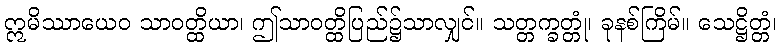
ဣမိဿာယေဝ သာဝတ္ထိယာ၊ ဤသာဝတ္ထိပြည်၌သာလျှင်။ သတ္တက္ခတ္တုံ၊ ခုနစ်ကြိမ်။ သေဋ္ဌိတ္တံ၊